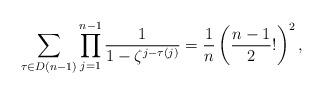
LaTeX: \begin{align*}\sum_{\tau \in D(n-1)} \prod_{j=1}^{n-1} \dfrac{1}{1-\zeta^{j-\tau(j)}}=\dfrac{1}{n}\left(\dfrac{n-1}{2}! \right)^{2}, \end{align*}